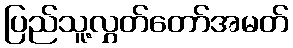
ပြည်သူ့လွှတ်တော်အမတ်